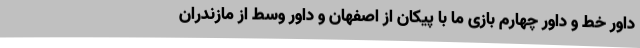
داور خط و داور چهارم بازی ما با پیکان از اصفهان و داور وسط از مازندران